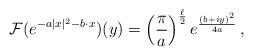
LaTeX: \begin{align*}\mathcal{F}(e^{-a|x|^2-b\cdot x})(y)=\left(\frac{\pi}{a}\right)^{\frac{\ell}{2}} e^{\frac{(b+iy)^2}{4a}}\,,\end{align*}